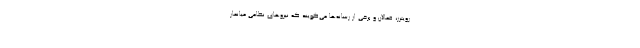
رویترز، فعالان و برخی از رسانه‌ها می‌گویند که نیروهای نظامی میانمار